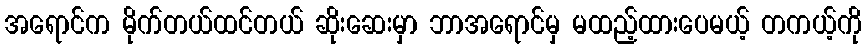
အရောင်က မိုက်တယ်ထင်တယ် ဆိုးဆေးမှာ ဘာအရောင်မှ မထည့်ထားပေမယ့် တကယ့်ကို